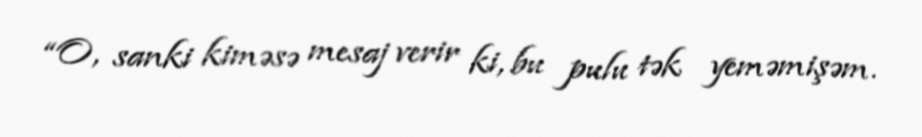
“O, sanki kiməsə mesaj verir ki, bu pulu tək yeməmişəm.